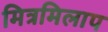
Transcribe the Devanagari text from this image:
मित्रमिलाप